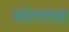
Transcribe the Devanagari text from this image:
प्रदेशासह